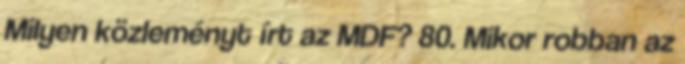
Milyen közleményt írt az MDF? 80. Mikor robban az